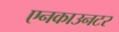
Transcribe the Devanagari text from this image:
एनकाउनटर